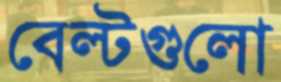
বেল্টগুলো